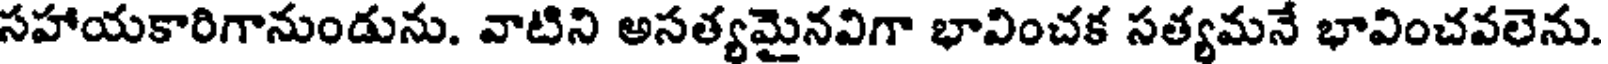
సహాయకారిగానుండును. వాటిని అసత్యమైనవిగా భావించక సత్యమనే భావించవలెను.